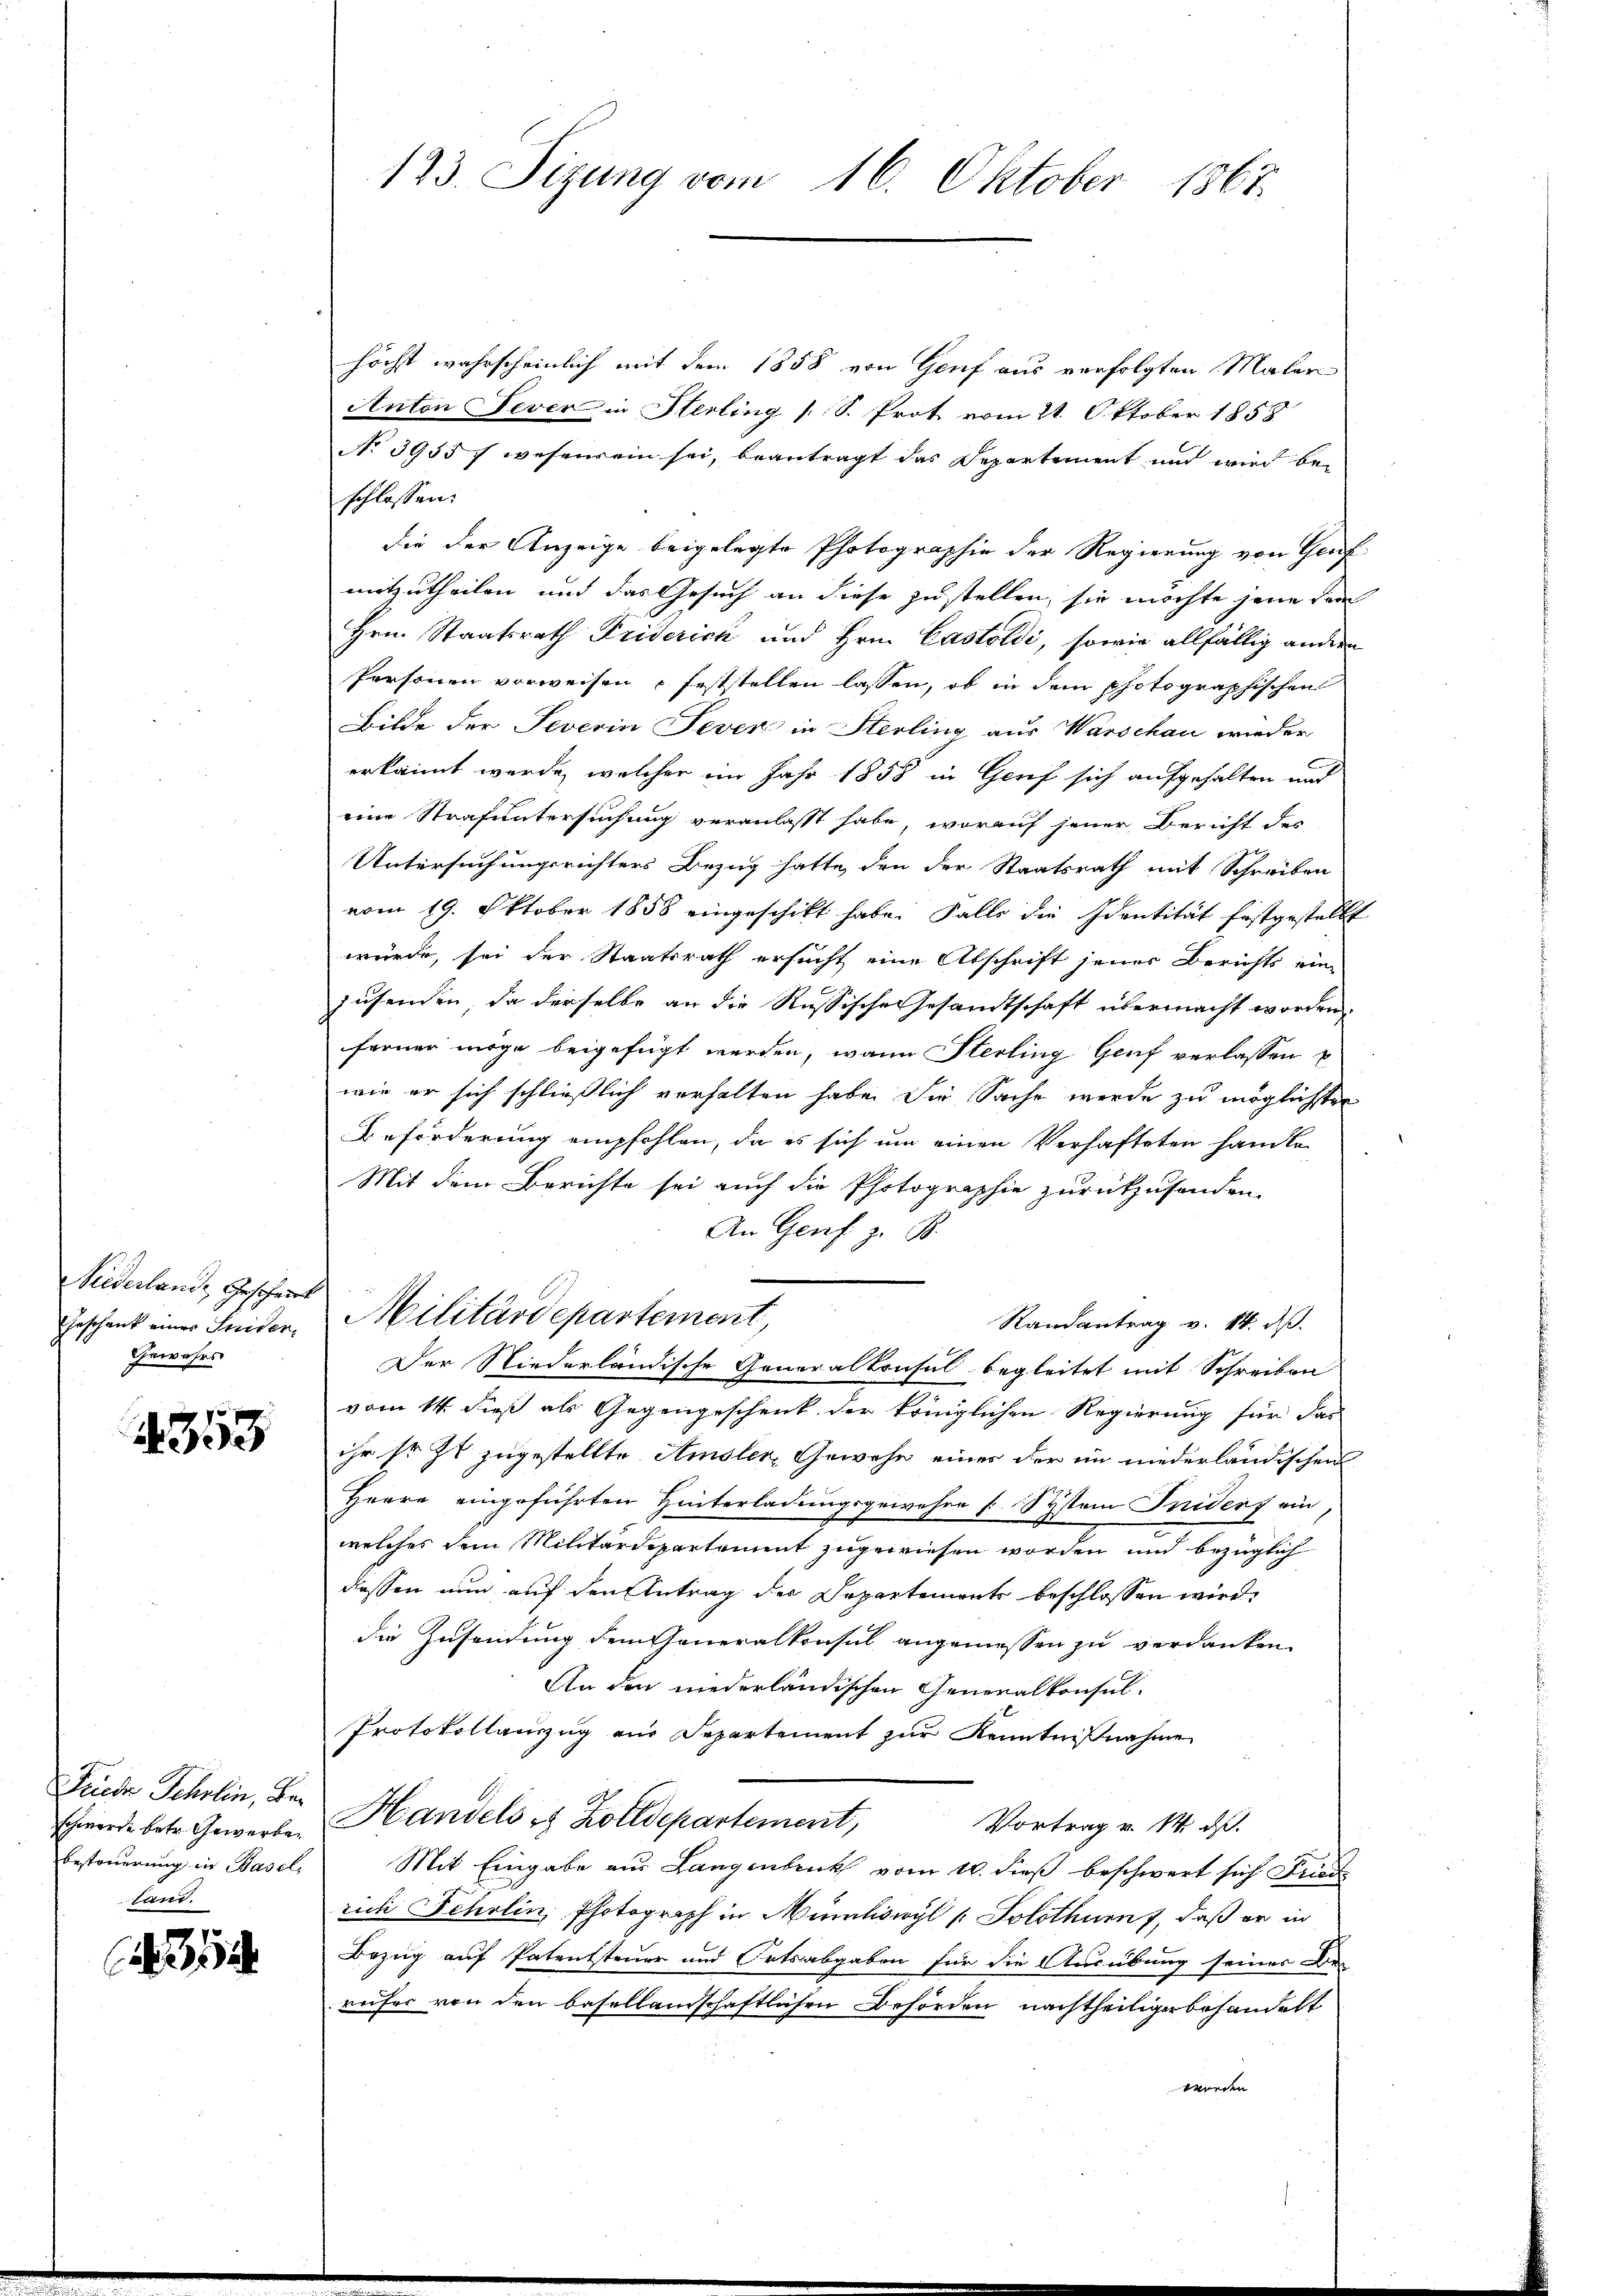
Niederland, Gescheint
Geschenk einer Seider¬
Gewahrs

353

Frieder Schrein, Ber
schwerde betr. Gewerbe
besteuerung in Basel,
land.

12

123. Sizung vom 16. Oktober 1867.

höchst wahrscheinlich mit dem 1858 von Genf aus verfolgten Maler
Anton Jever in Sterling (S. Prot vom 21. Oktober 1858
No 3955 f wesensein sei, beantragt das Departement und wird bei
schlossen:
die der Anzeige beigelegte Photographie der Regierung von Genf
mitzutheilen und das Gesuch an diese zustellen, sie möchte jene dem
Hrn. Staatsrath Friderich und Hrn. Castoldi, sowie allfällig andern
Personen vorweisen u feststellen lassen, ob in dem photographischen
Bilde der Severin Tever in Sterling aus Warschau wieder
erkannt werde, welcher im Jahr 1858 in Genf sich aufgehalten und
eine Strafuntersuchung veranlasst habe, worauf jener Bericht des
Untersuchungsrichters Bezug hatte, den der Staatsrath mit Schreiben
vom 19. Oktober 1858 eingeschikt habe. Falls die Identität festgestellt
würde, sei der Staatsrath ersucht eine Abschrift jener Berichts ein-
zusenden, da derselbe an die Russische Gesandtschaft übermacht worden,
ferner möge beigefügt werden, wann Sterling Genf verlassen
wie er sich schließlich verhalten habe die Sache werde zu möglichten
Beförderung empfohlen, da es sich um einen Verhafteten handle
Mit dem Berichte sei auch die Photographie zurückzusenden.
An Genf z. B.
Militärdepartement,
Randantrag v. 14. ds.
Der Niederländische Generalkonsul begleitet mit Schreiben
vom 14. dieß als Gegengeschenk der königlichen Regierung für das
ihr sr. Zt. zugestellte Amsler, Gewehe eines der im niederländischen
Herre eingeführten Hinterladungsgewahre Systein Iniderf ein
welches dem Militärdepartement zugewiesen worden und bezüglich
dessen nun auf den Antrag der Departements beschlossen wird.
die Zusendung dem Generalkonsul angemessen zu verdanken.
An den niederländischen Generalkonsul-
Protokollauszug aus Departement zur Kenntnißnahme
Handels es Zolldepartement,
Vortrag v. 14. ds.
Mit Eingabe aus Langenbruck vom 10. dieß beschwert sich Friede
ruch Scholin, Photograph in Münliswyl (Solothurn, daß er in
Bezug auf Patentsteuer und Ortsabgaben für die Ausübung seiner Be-
reifer von den basellandschaftlichen Behörden nachtheiliger behandelt
worden.